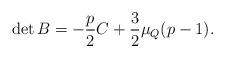
LaTeX: \begin{align*}\det{B} = -\frac{p}{2} C +\frac{3}{2} \mu_Q (p-1).\end{align*}